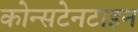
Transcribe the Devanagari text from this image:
कोन्सटेनटाइन